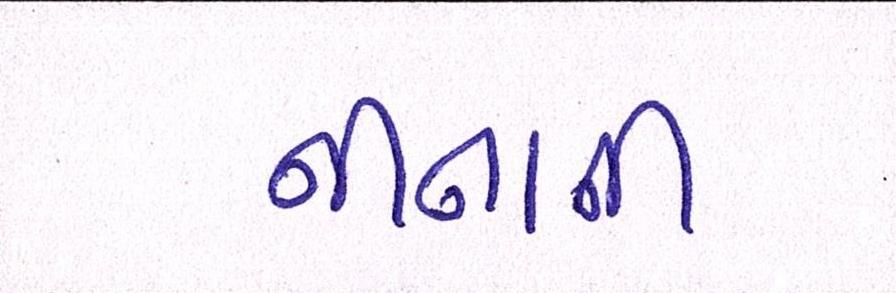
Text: નીનાની